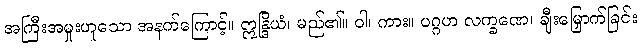
အကြီးအမှုးဟူသော အနက်ကြောင့်။ ဣန္ဒြိယံ၊ မည်၏။ ဝါ၊ ကား။ ပဂ္ဂဟ လက္ခဏေ၊ ချီးမြှောက်ခြင်း